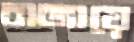
বাজায়ে